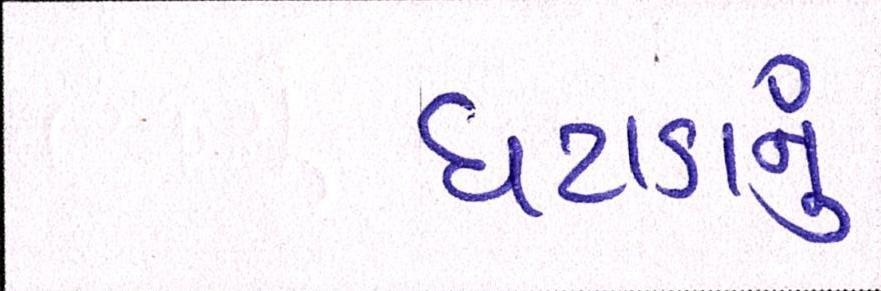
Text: ઘટાડાનું